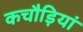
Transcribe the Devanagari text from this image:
कचौड़ियां